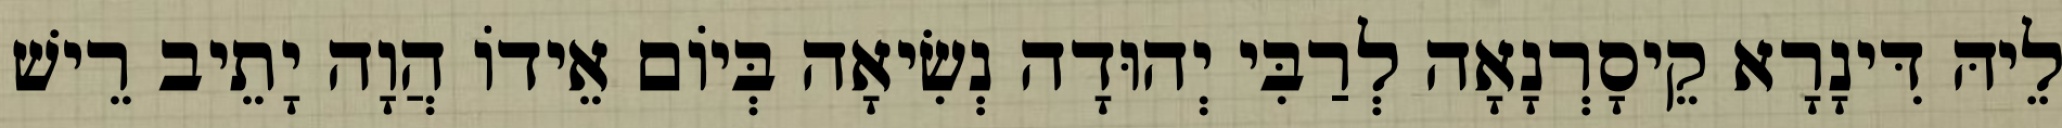
לֵיהּ דִּינָרָא קֵיסָרְנָאָה לְרַבִּי יְהוּדָה נְשִׂיאָה בְּיוֹם אֵידוֹ הֲוָה יָתֵיב רֵישׁ